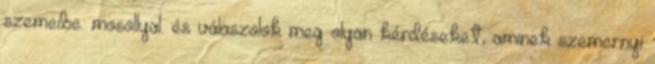
szemeibe. mosollyal. és válaszolok meg olyan kérdéseket, aminek szemernyi